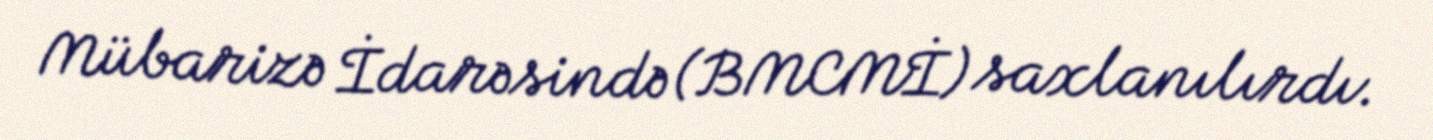
Mübarizə İdarəsində (BMCMİ) saxlanılırdı.